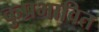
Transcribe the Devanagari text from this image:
कुप्रभावित